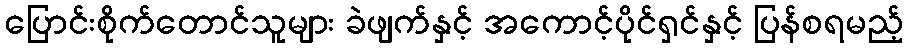
ပြောင်းစိုက်တောင်သူများ ခဲဖျက်နှင့် အကောင့်ပိုင်ရှင်နှင့် ပြန်စရမည့်